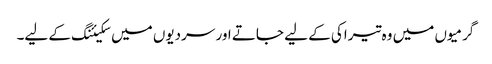
گرمیوں میں وہ تیراکی کے لیے جاتے اور سردیوں میں سکیئنگ کے لیے۔